Vaccination in Burma 1912-1922 - 1912-1922
Year: 1912
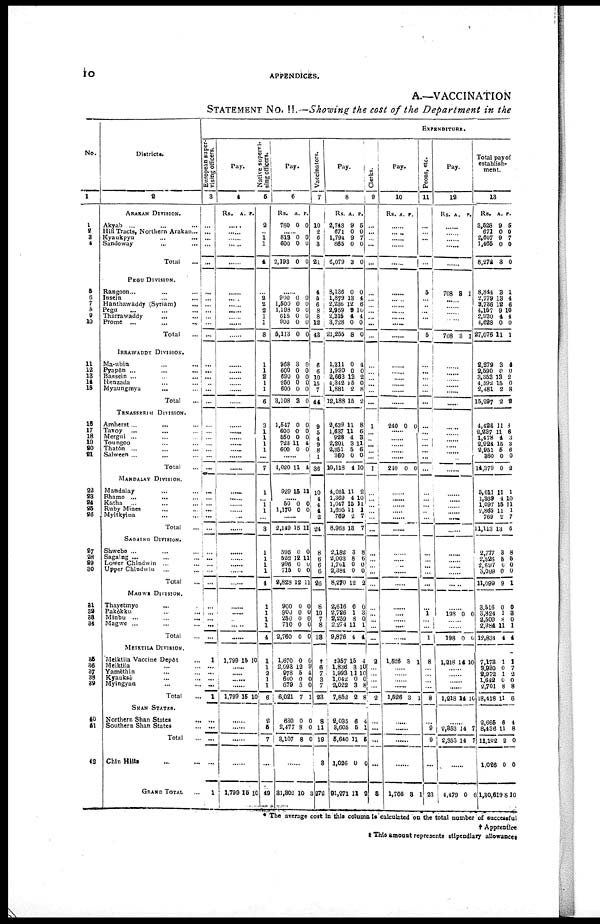
10
APPENDICES.
A.—VACCINATION
STATEMENT NO. II.—Showing the cost of the Department in the
No.
1
1
2
3
4
5
6 7
8
9
10
11
12
13
14
15
16
17
18
19
20
91
22
23
24
25
26
27
28
29
30
31
32
33
34
35
36
37
38
39
40
41
42
Districts.
2
ARAKAN DIVISION.
Akyab ... ... ... ...
Hill Tracts, Northern Arakan ...
Kyaukpyu ... ...
Sandoway ... ...
Total
PEGU DIVISION.
Rangoon ... ... ...
Insein ... ...
Hanthawaddy (Syriam) ...
Pegu ... ... ...
Tharrwaddy ... ...
Prome ...
...
...
Total
IRRAWADDY DIVISION.
Ma-ubin ... ... ...
Pyapôn ... ... ...
Bassein ... ... ...
Henzada ... ... ...
Myaungmya ... ...
Total
TENASSERIM DIVISION.
Amherst ... ... ...
Tavoy
... ... ...
Mergul ... ... ...
Toungoo ... ... ...
Thatôn ... ... ...
Salween ...
Total ...
MANDALAY DIVISION.
Mandalay ... ... ...
Bhamo ...
... ...
Katha
... ... ...
Ruby Mines ... ... ...
Myitkyina ... ...
Total ...
SAGAING DIVISION.
Shwebo ... ... ...
Sagaing ... ... ...
Lower Chindwin ... ...
Upper Chindwin
... ...
Total ...
MAGWE DIVISION.
Thayetmyo ... ...
Pakôkku ... ...
Minbu ... ... ...
Magwe ... ... ...
Total ...
MEIKTILA DIVISION.
Meiktila Vaccine Depôt ...
Meiktila ... ...
Yamèthin ... ...
Kyauksè ... ...
Mylngyan ... ...
Total ...
SHAN STATES.
Northern Shan States
...
Southern Shan States ...
Total ...
Chin Hills
GRAND TOTAL ...
EXPENDITURE.
European super-
vising officers.
3
...
...
...
...
...
...
...
...
...
...
...
...
...
...
...
...
...
...
...
...
...
...
...
...
...
...
...
...
...
...
...
...
...
...
...
...
...
...
...
...
...
1
...
...
... ...
1
...
...
...
...
1
Pay.
4
Rs. A. P.
......
......
......
......
......
......
......
......
......
......
......
......
......
......
......
......
......
......
......
......
......
......
......
......
......
......
......
......
......
......
......
......
......
......
......
......
......
......
......
1,799 15 10
......
......
......
......
1,799 15 10
......
......
......
......
1,799 15 10
Native supervi-
sing officers.
5
2
...
1
1
4
...
2
2
2
1
1
8
1
1
2
1
1
6
3
1
1
1
1
...
7
1
...
1
1
...
8
1
1
1
1
4
1
1
1
1
4
1
1
2
1
1
6
2
5
7
...
49
Pay.
6
Rs.
780
A.
0
P.
0
......
818
600
2,193
0
0
0
0
0
0
......
900
1,500
1,198
615
900
5,113
968
600
690
250
600
3,108
1,547
600
550
723
600
0
0 0
0
0
0
3
0
0
0
0
3
0
0
0
11
0
0
0
0
0
0
0
0
0
0
0
0
0
0
0
0
4
0
......
4,020
929
11
15
4
11
......
50
1,170 0 0
0
0
......
2,149
596
522
996
715
2,828
900
900
250
710
2,760
1,670
2,093
978
600
679
6,021
630
2,477
3,107
15
0
12
0
0
12
0
0
0
0
0
0
12
5
0
5
7
0
8
8
11
0
11
0
0
11
0
0
0 0
0
0
9
4
0
0
1
0
0
0
......
31,302 10
3
Vaccinators.
7
10
2
6
3
21
4
5
6
8
8
12
43
6
6
10
15
7
44
9
5
4 9
8
1
36
10
4
4
4
2
24
8
6
6
6
26
8
10
7
8
38
†
6
7
8
7
93
8
11
19
3
272
Pay.
8
Rs.
2,748
671
1,794
865
6,079
8,136
1,879
2,236
2,969
2,315
3,728
21,265
1,311
1,990
2,663
4,342
1,881
12,188
2,639
1,637
928
2,201
2,351
360
10,118
4,081
1,369
1,047
1,695
769
8,963
2,182
2,003
1,701
2,384
8,270
2,616
2,726
2,259
2,274
9,876
‡967
1,836
1,998
1,042
2,022
7,862
2,035
3,605
5,640
1,026
91,271
A.
9
0
9
0
3
0
13
12
9
4
0
8
0
0
13
15
2
15
11
11
4
3
5
0
4
11
4
15
11
2
13
3
8
0
0
12
0
1
8
11
4
15
3
11
0
3
2
6
5
11
0
11
P.
5
0
7
0
0
0
4
6
10
4
0
0
4
0
2
0
8
2
8
6
3
11
6
0
10
2
10
11
1
7
7
8
6
0
0
2
0
3
0
1
4
4
10
10 0 8
8
4
1
5
0
2
Clerks.
9
...
...
...
...
...
...
...
...
...
...
...
...
...
...
...
... ...
...
1
...
...
...
...
...
1
...
...
...
...
...
...
...
...
...
...
...
...
...
...
...
...
2
...
...
...
...
2
...
...
...
...
8
Pay.
10
Rs.
A. P.
......
......
......
......
......
......
......
......
......
......
......
......
......
......
......
......
......
......
240 0 0
......
......
......
......
......
240 0 0
......
......
......
......
......
......
......
......
......
......
......
......
......
......
......
1,526 8 1
......
......
......
......
1,526 3 1
......
......
......
......
1,766 3 1
Peons, etc.
11
...
...
...
...
...
5
...
...
...
...
...
5
...
...
...
...
...
...
...
...
...
...
...
...
...
...
...
...
...
...
...
...
...
...
...
...
...
1 1
...
1
8
...
...
... ...
8
...
9
9
...
23
Pay.
12
Rs. A. P.
......
......
......
......
......
708 3 1
......
......
......
......
......
708 3 1
......
......
......
......
......
......
......
......
......
......
......
......
......
......
......
......
......
......
......
......
......
......
......
......
......
198 0 0
......
......
198
1,218
0
14
0
10
......
......
......
......
1,218 14 10
......
2,353
2,353
14
14
7
7
......
4,479 0 6
Total pay of
establish-
ment.
13
Rs.
3,528
671
2,607
1,465
8,272
8,844
2,779
8,736
4,157
2,930
4,628
27,076
2,279
2,590
3,353
4,592
2,481
15,297
4,426
2,237
1,478
2,924
2,951
360
14,379
5,011
1,369
1,097
2,865
769
1,113
2,777
2,526
2,697
3,099
11,099
3,516
3,824
2,509
2,984
12,834
7,173
3,930
2,972
1,642
2,701
18,418
2,665
8,436
11,102
1,026
1,30,619
A.
9
0
9
0
3
3
13
12
9
4
0
11
3
0
13
15
2
2
11
11
4
15
5
0
0
11
4
15
11
2
13
3
5
0
0
9
0
1
8
11
4
1
0
1
0 8
11
6
11
2
0
8
P.
5
0
7
0
0
1
4
6
0
4
0
1
4
0
2
0
8
2
3
6
3
3
6
0
2
1
10
1
1
7
6
8
5
0
0
1
0
3
0
1
4
1
7
2
0
8
6
4
8
0
0
10
* The average cost in this column is calculated on the total number of successful
† Apprentice
‡ This amount represents stipendiary allowances